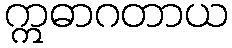
ဣဓာဂတာယ